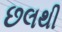
છલથી